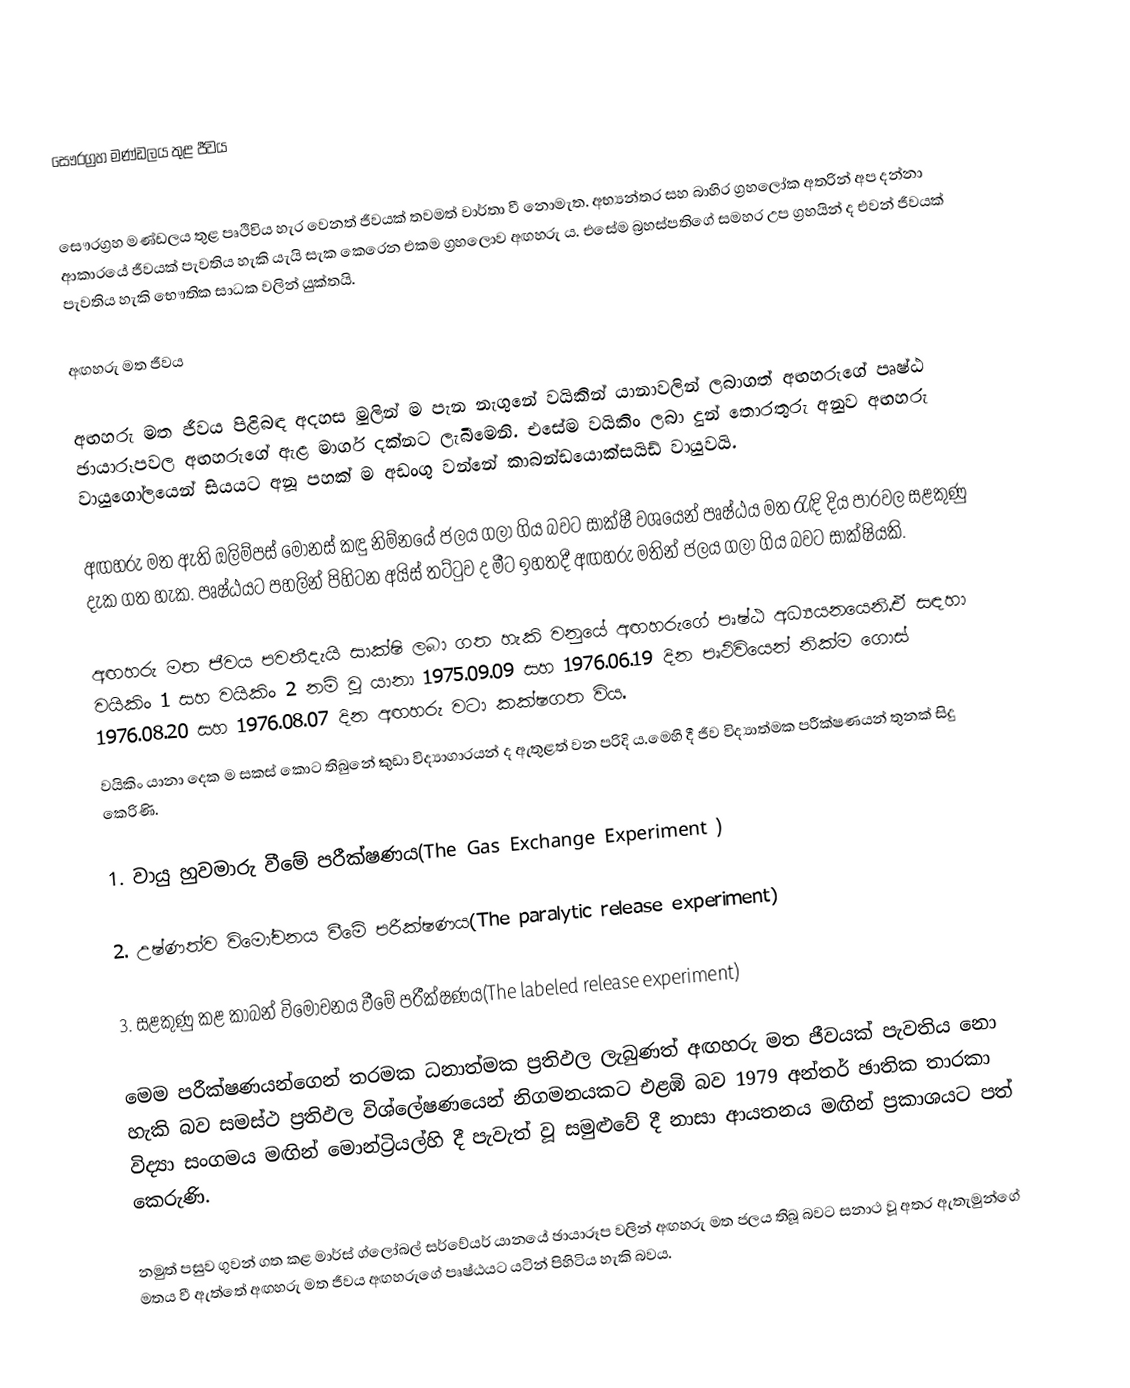
සෞරග්‍රහ මණ්ඩලය තුළ ජීවය

සෞරග්‍රහ මණ්ඩලය තුළ පෘථිවිය හැර වෙනත් ජීවයක් තවමත් වාර්තා වී නොමැත. අභ්‍යන්තර සහ බාහිර ග්‍රහලෝක අතරින් අප දන්නා ආකා‍රයේ ජීවයක් පැවතිය හැකි යැයි සැක කෙරෙන එකම ග්‍රහලොව අඟහරු ය. එසේම බ්‍ර‍හස්පතිගේ සමහර උප ග්‍රහයින් ද එවන් ජීවයක් පැවතිය හැකි භෞතික සාධක වලින් යුක්තයි.

අඟහරු මත ජීවය

අඟහරු මත ජීවය පිළිබඳ අදහස මුලින් ම පැන නැගුනේ වයිකින් යානාවලින් ලබාගත් අඟහරුගේ පෘෂ්ඨ ඡායාරූපවල අඟහරුගේ ඇළ මාර්ග දක්නට ලැබීමෙනි. එසේම ‍වයිකිං ලබා දුන් තොරතුරු අනුව අඟහරු වායුගෝලයෙන් සියයට අනූ පහක් ම අඩංගු වන්නේ කාබන්ඩයොක්සයිඩ් වායුවයි.

අඟහරු මත ඇති ඔලිම්පස් මෝනස් කඳු  නිම්නයේ ජලය ගලා ගිය බවට සාක්ෂී වශයෙන් පෘෂ්ඨය මත රැඳි දිය පාරවල සළකුණු දැක ගත හැක. පෘෂ්ඨයට පහලින් පිහිටන අයිස් තට්ටුව ද මීට ඉහතදී අඟහරු මතින් ජලය ගලා ගිය බවට සාක්ෂියකි.

අඟහරු මත ජීවය පවතීදැයි සාක්ෂි ලබා ගත හැකි වනුයේ අඟහරුගේ පෘෂ්ඨ අධ්‍යයනයෙනි.ඒ සඳහා වයිකිං 1 සහ වයිකිං 2 නම් වූ යානා 1975.09.09 සහ 1976.06.19 දින පෘථිවියෙන් නික්ම ගොස් 1976.08.20 සහ 1976.08.07 දින අඟහරු වටා කක්ෂගත විය.
වයිකිං යානා දෙක ම සකස් කොට තිබුනේ කු‍ඩා විද්‍යාගාරයන් ද ඇතුළත් වන පරිදි ය.මෙහි දී ජීව විද්‍යාත්මක පරීක්ෂණයන් තුනක් සිදු කෙරිණි.

1.	වායු හුවමාරු වීමේ පරීක්ෂණය(The Gas Exchange Experiment )

2.	උෂ්ණත්ව විමෝචනය වීමේ පරීක්ෂණය(The paralytic release experiment)

3.	සළකුණු කළ කාබන් විමෝචනය වීමේ පරීක්ෂණය(The labeled release experiment)

මෙම පරීක්ෂණයන්ගෙන් තරමක ධනාත්මක ප්‍රතිඵල ලැබුණත් අඟහරු මත ජීවයක් පැවතිය නො හැකි බව සමස්ථ ප්‍රතිඵල විශ්ලේෂණයෙන් නිගමනයකට එළඹි බව 1979 අන්තර් ඡාතික තාරකා විද්‍යා සංගමය මඟින් මොන්ට්‍රියල්හි දී පැවැත් වූ සමුළුවේ දී නාසා ආයතනය මඟින් ප්‍රකාශයට පත් කෙරුණි.

නමුත් පසුව ගුවන් ගත කළ මාර්ස් ග්ලෝබල් සර්වේයර් යානයේ ඡායාරූප වලින් අඟහරු මත ජලය තිබූ බවට සනාථ වූ අතර  ඇතැමුන්ගේ මතය වී ඇත්තේ අඟහරු මත ජීවය අඟහරුගේ පෘෂ්ඨයට යටින් පිහිටිය හැකි බවය.